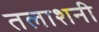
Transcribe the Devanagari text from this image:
तलाशनी